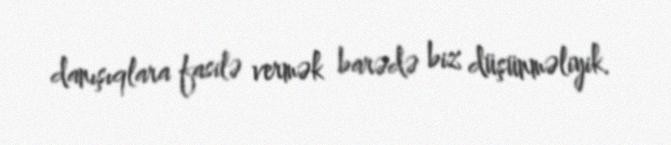
danışıqlara fasilə vermək barədə biz düşünməliyik.